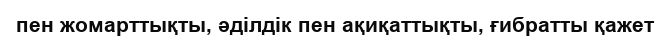
пен жомарттықты, әділдік пен ақиқаттықты, ғибратты қажет